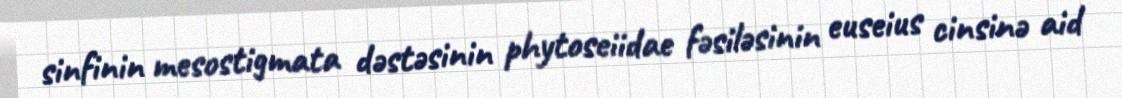
sinfinin mesostigmata dəstəsinin phytoseiidae fəsiləsinin euseius cinsinə aid